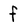
Character: f